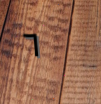
٦